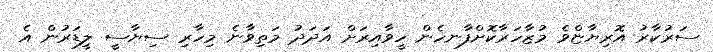
ސަރުކާރު އޮރިޔާޏްވެ މުޒާހަރާކޮށްފާނހެން ހީވާއިރަށް އަދަދު މަތިވާނެ މިހާރި ސިޔާސީ ލީޑަރުން އެ